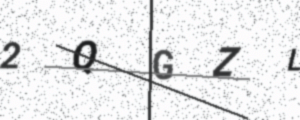
Text: 2QGZL